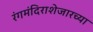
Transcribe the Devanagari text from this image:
रंगमंदिराशेजारच्या